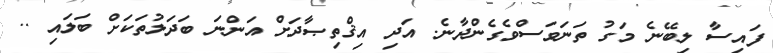
ފައިސާ ލިބޭނެ މަގު ތަނަވަސްވެގެންދާނެ. އަދި އިޤްތިޞާދަށް އަންނަ ބަދަލުތަކަށް ބަލައި ..